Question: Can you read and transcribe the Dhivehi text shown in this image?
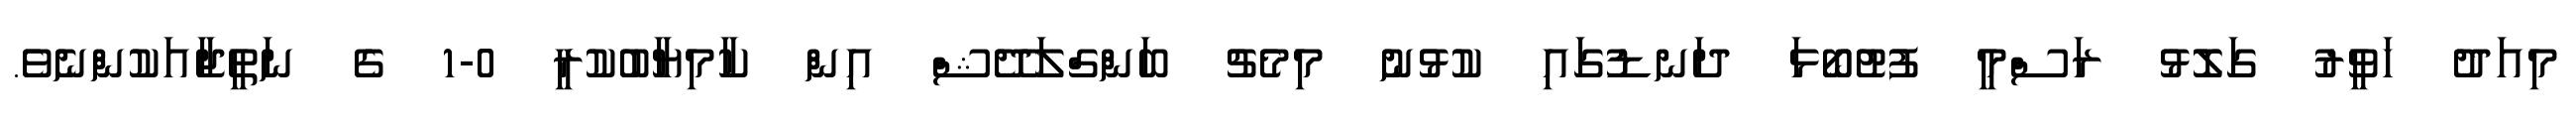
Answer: މިއަދު ހަވީރު ގަލޮޅު ރަސްމީ ފުޓުބޯޅަ ދަނޑުގައި ކުޅުނު މިމެޗު ބަންގްލަދޭޝް އިން ކާމިޔާބުކުރީ 0-1 ގެ ނަތީޖާއަކުންނެވެ.